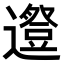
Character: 𨗱